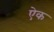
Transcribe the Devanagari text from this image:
एेक